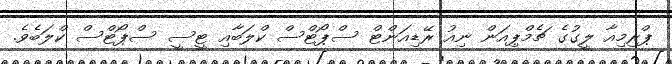
ޕްރިމިއާ ލީގުގެ ޗެމްޕިއަން ނިއު ރޭޑިއަންޓް ސްޕޯޓްސް ކްލަބާއި ޓީސީ ސްޕޯޓްސް ކްލަބެވެ.